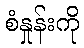
စံနှုန်းကို